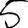
Digit: 5